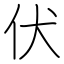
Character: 伏